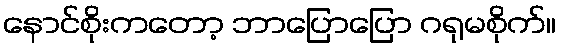
နောင်စိုးကတော့ ဘာပြောပြော ဂရုမစိုက်။